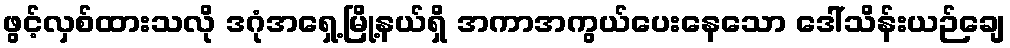
ဖွင့်လှစ်ထားသလို ဒဂုံအရှေ့မြို့နယ်ရှိ အကာအကွယ်ပေးနေသော ဒေါ်သိန်းယဉ်ချေ